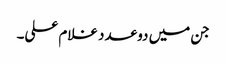
جن میں دو عدد غلام علی۔